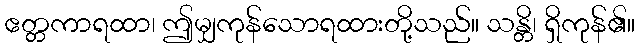
ဧတ္တကာရထာ၊ ဤမျှကုန်သောရထားတို့သည်။ သန္တိ၊ ရှိကုန်၏။